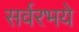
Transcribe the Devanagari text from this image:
सर्वरभये